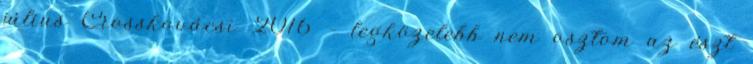
július Crosskovácsi 2016 – legközelebb nem osztom az észt